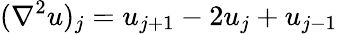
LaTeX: (\nabla^{2}u)_{j}=u_{j+1}-2u_{j}+u_{j-1}